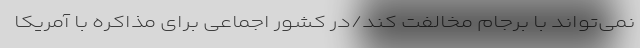
نمی‌تواند با برجام مخالفت کند/در کشور اجماعی برای مذاکره با آمریکا